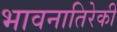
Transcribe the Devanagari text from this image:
भावनातिरेकी